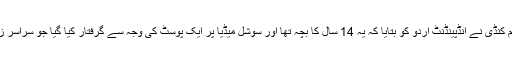
فیصل کریم کنڈی نے انڈپینڈنٹ اردو کو بتایا کہ یہ 14 سال کا بچہ تھا اور سوشل میڈیا پر ایک پوسٹ کی وجہ سے گرفتار کیا گیا جو سراسر زیادتی ہے۔